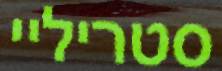
סטריליי